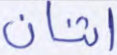
اثنان